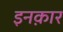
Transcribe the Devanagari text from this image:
इनक़ार